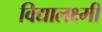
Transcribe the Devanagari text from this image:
विद्यालक्ष्मी